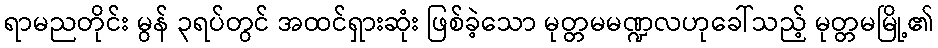
ရာမညတိုင်း မွန် ၃ရပ်တွင် အထင်ရှားဆုံး ဖြစ်ခဲ့သော မုတ္တမမဏ္ဍလဟုခေါ်သည့် မုတ္တမမြို့၏